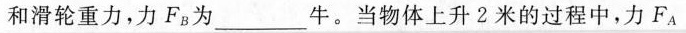
和滑轮重力，力F_{B}为___牛。当物体上升2米的过程中，力F_{A}